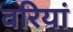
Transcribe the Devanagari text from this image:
वरियां